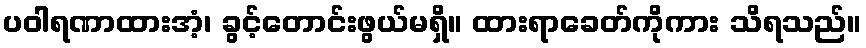
ပဝါရဏာထားအံ့၊ ခွင့်တောင်းဖွယ်မရှိ။ ထားရာခေတ်ကိုကား သိရသည်။